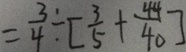
= \frac { 3 } { 4 } \div [ \frac { 3 } { 5 } + \frac { 4 4 } { 4 0 } ]